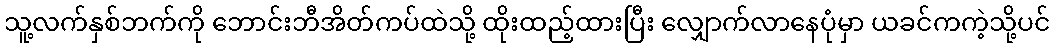
သူ့လက်နှစ်ဘက်ကို ဘောင်းဘီအိတ်ကပ်ထဲသို့ ထိုးထည့်ထားပြီး လျှောက်လာနေပုံမှာ ယခင်ကကဲ့သို့ပင်